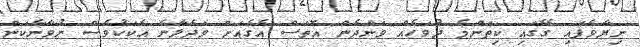
ނިޔާވެފައި ގޭގައި ކިތަންމެ ދުވަހެއް ވަންދެން އޮތަސް އެގެއަށް ވަދެލާނެ އެކަކުވެސް ނުވާނެކަން